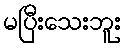
မပြီးသေးဘူး